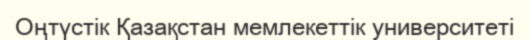
Оңтүстік Қазақстан мемлекеттік университеті